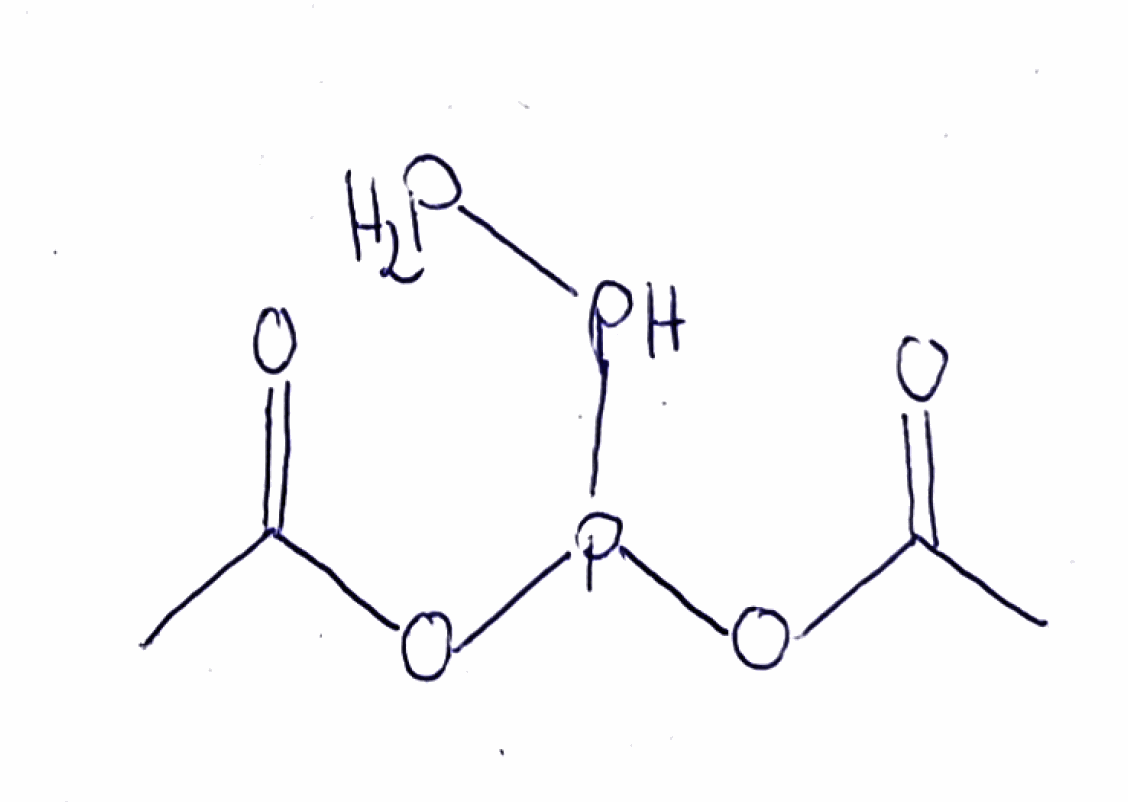
Simplified molecular-input line-entry system (SMILES) notation of the given molecule:
CC(=O)OP(OC(=O)C)PP